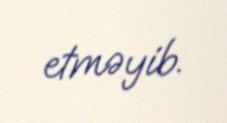
etməyib.